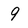
Character: 9